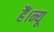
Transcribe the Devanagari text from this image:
हैं।न्यू